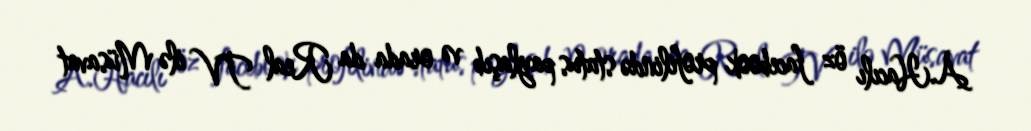
A.Hacılı öz facebook profilində status paylaşıb və orada da Real TV ilə Müsavat